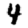
Digit: 4